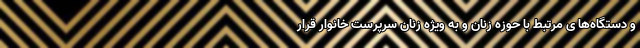
و دستگاه‌ها ی مرتبط با حوزه زنان و به ویژه زنان سرپرست خانوار قرار